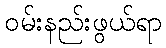
ဝမ်းနည်းဖွယ်ရာ